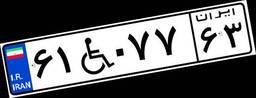
۹۵W۷۵۸۰۳